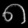
Digit: ၈